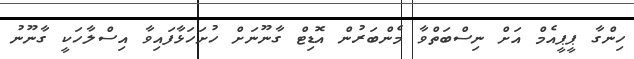
ހިންގާ ޕީޕީއެމް އަށް ނިސްބަތްވާ މެންބަރުން އޮޑިޓް ގާނޫނަށް ހުށަހަޅާފައިވާ އިސްލާހަކީ ގާނޫނު